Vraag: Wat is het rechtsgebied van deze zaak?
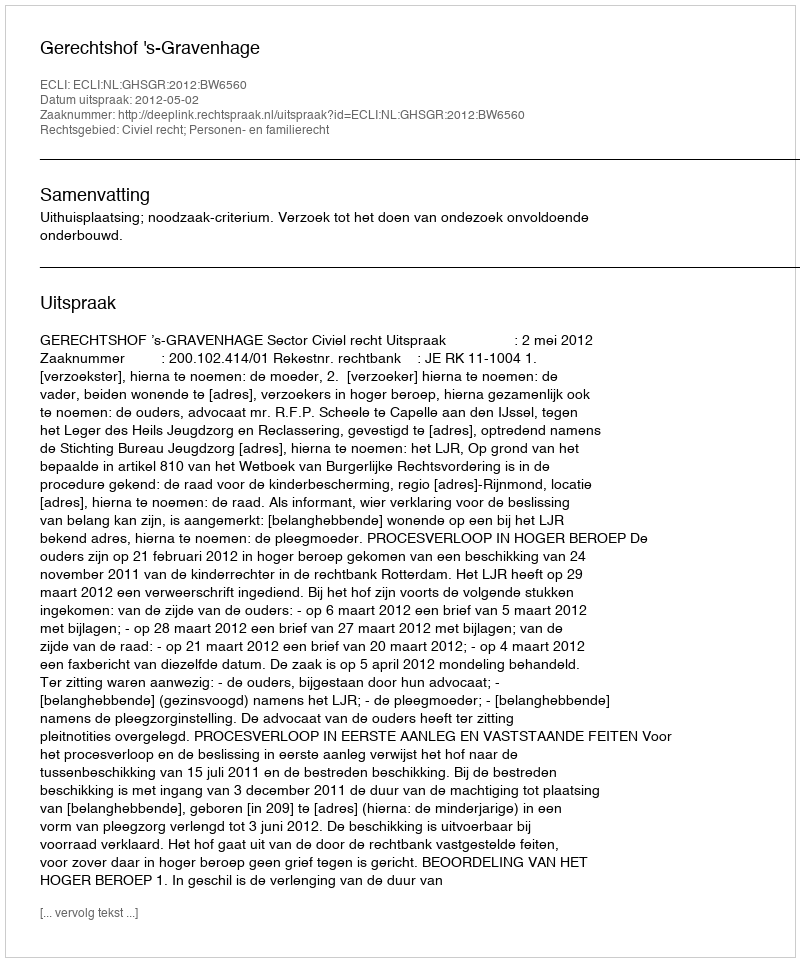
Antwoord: Civiel recht; Personen- en familierecht